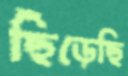
ছিঁড়েছি